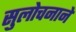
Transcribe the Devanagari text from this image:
सुलोचनाने